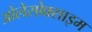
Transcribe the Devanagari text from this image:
ओलेसोक्साइम